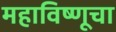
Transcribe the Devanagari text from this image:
महाविष्णूचा